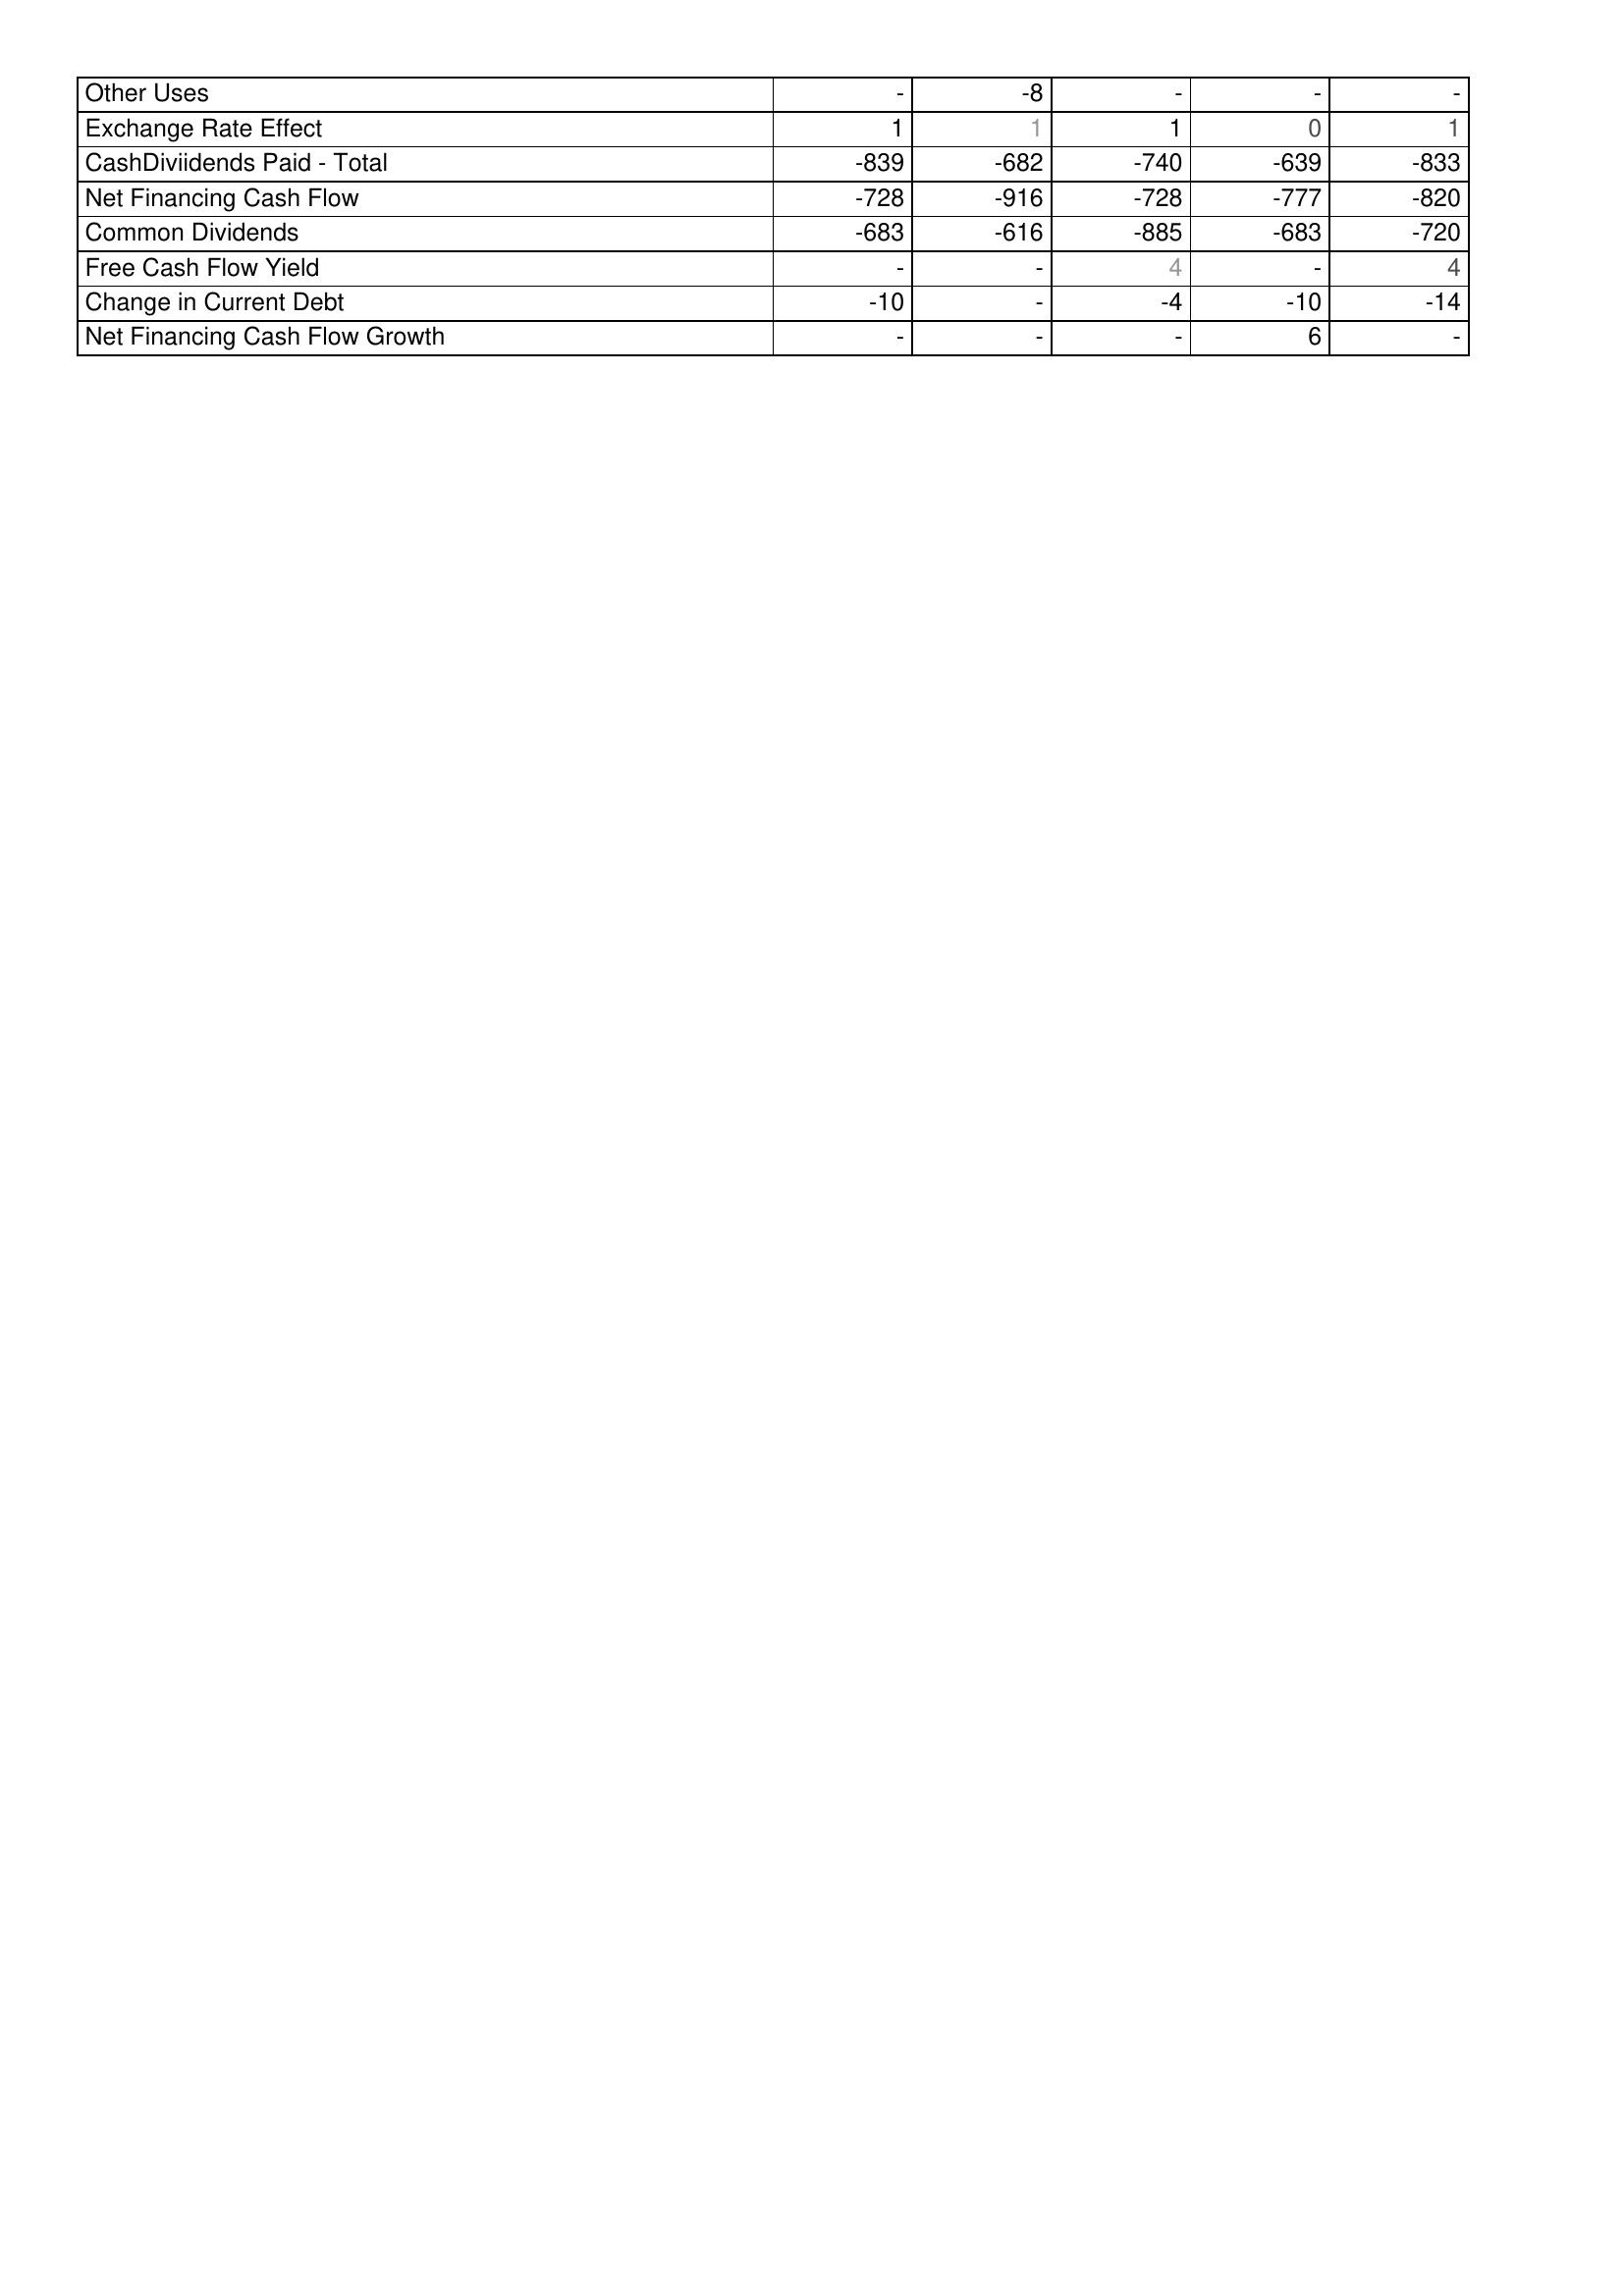
2022: Financing Activities: Other Uses: -
Exchange Rate Effect: 1
CashDiviidends Paid - Total: -839
Net Financing Cash Flow: -728
Common Dividends: -683
Free Cash Flow Yield: -
Change in Current Debt: -10
Net Financing Cash Flow Growth: -
2021: Financing Activities: Other Uses: -8
Exchange Rate Effect: 1
CashDiviidends Paid - Total: -682
Net Financing Cash Flow: -916
Common Dividends: -616
Free Cash Flow Yield: -
Change in Current Debt: -
Net Financing Cash Flow Growth: -
2020: Financing Activities: Other Uses: -
Exchange Rate Effect: 1
CashDiviidends Paid - Total: -740
Net Financing Cash Flow: -728
Common Dividends: -885
Free Cash Flow Yield: 4
Change in Current Debt: -4
Net Financing Cash Flow Growth: -
2019: Financing Activities: Other Uses: -
Exchange Rate Effect: 0
CashDiviidends Paid - Total: -639
Net Financing Cash Flow: -777
Common Dividends: -683
Free Cash Flow Yield: -
Change in Current Debt: -10
Net Financing Cash Flow Growth: 6
2018: Financing Activities: Other Uses: -
Exchange Rate Effect: 1
CashDiviidends Paid - Total: -833
Net Financing Cash Flow: -820
Common Dividends: -720
Free Cash Flow Yield: 4
Change in Current Debt: -14
Net Financing Cash Flow Growth: -